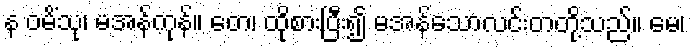
န ဝမိံသု၊ မအန်ကုန်။ တေ၊ ထိုစားပြီး၍ မအန်သောလင်းတတို့သည်။ မေ၊